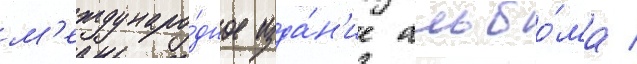
м'еждунаро́дное изда́н'ие альбо́ма /